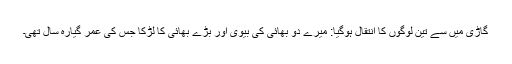
گاڑی میں سے تین لوگوں کا انتقال ہوگیا: میرے دو بھائی کی بیوی اور بڑے بھائی کا لڑکا جس کی عمر گیارہ سال تھی۔